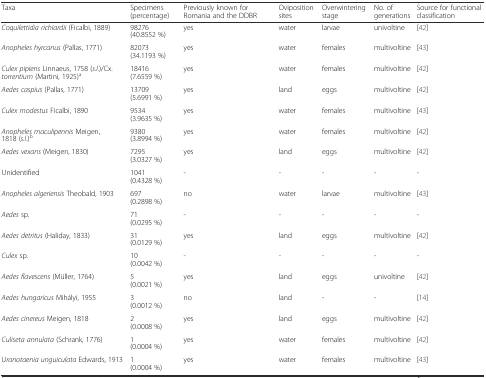
<table><thead><tr><td><b>Taxa</b></td><td><b>Specimens (percentage)</b></td><td><b>Previously known for Romania and the DDBR</b></td><td><b>Oviposition sites</b></td><td><b>Overwintering stage</b></td><td><b>No. of generations</b></td><td><b>Source for functional classification</b></td></tr></thead><tbody><tr><td><i>Coquilettidia richiardii</i> (Ficalbi, 1889)</td><td>98276 (40.8552 %)</td><td>yes</td><td>water</td><td>larvae</td><td>univoltine</td><td>[42]</td></tr><tr><td><i>Anopheles hyrcanus</i> (Pallas, 1771)</td><td>82073 (34.1193 %)</td><td>yes</td><td>water</td><td>females</td><td>multivoltine</td><td>[43]</td></tr><tr><td><i>Culex pipiens</i> Linnaeus, 1758 (<i>s.l</i>.)/Cx. <i>torrentium</i> (Martini, 1925)<sup>a</sup></td><td>18416 (7.6559 %)</td><td>yes</td><td>water</td><td>females</td><td>multivoltine</td><td>[42]</td></tr><tr><td><i>Aedes caspius</i> (Pallas, 1771)</td><td>13709 (5.6991 %)</td><td>yes</td><td>land</td><td>eggs</td><td>multivoltine</td><td>[42]</td></tr><tr><td><i>Culex modestus</i> Ficalbi, 1890</td><td>9534 (3.9635 %)</td><td>yes</td><td>water</td><td>females</td><td>multivoltine</td><td>[43]</td></tr><tr><td><i>Anopheles maculipennis</i> Meigen, 1818 (<i>s.l</i>.)<sup>b</sup></td><td>9380 (3.8994 %)</td><td>yes</td><td>water</td><td>females</td><td>multivoltine</td><td>[42]</td></tr><tr><td><i>Aedes vexans</i> (Meigen, 1830)</td><td>7295 (3.0327 %)</td><td>yes</td><td>land</td><td>eggs</td><td>multivoltine</td><td>[42]</td></tr><tr><td>Unidentified</td><td>1041 (0.4328 %)</td><td>-</td><td>-</td><td>-</td><td>-</td><td>-</td></tr><tr><td><i>Anopheles algeriensis</i> Theobald, 1903</td><td>697 (0.2898 %)</td><td>no</td><td>water</td><td>larvae</td><td>multivoltine</td><td>[43]</td></tr><tr><td><i>Aedes</i> sp.</td><td>71 (0.0295 %)</td><td>-</td><td>-</td><td>-</td><td>-</td><td>-</td></tr><tr><td><i>Aedes detritus</i> (Haliday, 1833)</td><td>31 (0.0129 %)</td><td>yes</td><td>land</td><td>eggs</td><td>multivoltine</td><td>[42]</td></tr><tr><td><i>Culex</i> sp.</td><td>10 (0.0042 %)</td><td>-</td><td>-</td><td>-</td><td>-</td><td>-</td></tr><tr><td><i>Aedes flavescens</i> (Müller, 1764)</td><td>5 (0.0021 %)</td><td>yes</td><td>land</td><td>eggs</td><td>univoltine</td><td>[42]</td></tr><tr><td><i>Aedes hungaricus</i> Mihályi, 1955</td><td>3 (0.0012 %)</td><td>no</td><td>land</td><td>-</td><td>-</td><td>[14]</td></tr><tr><td><i>Aedes cinereus</i> Meigen, 1818</td><td>2 (0.0008 %)</td><td>yes</td><td>land</td><td>eggs</td><td>multivoltine</td><td>[42]</td></tr><tr><td><i>Culiseta annulata</i> (Schrank, 1776)</td><td>1 (0.0004 %)</td><td>yes</td><td>water</td><td>females</td><td>multivoltine</td><td>[42]</td></tr><tr><td><i>Uranotaenia unguiculata</i> Edwards, 1913</td><td>1 (0.0004 %)</td><td>yes</td><td>water</td><td>females</td><td>multivoltine</td><td>[43]</td></tr></tbody></table>